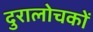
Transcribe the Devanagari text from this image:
दुरालोचकों